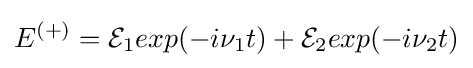
E^{(+)}={\mathcal {E}}_{1}exp(-i\nu _{1}t)+{\mathcal {E}}_{2}exp(-i\nu _{2}t)